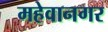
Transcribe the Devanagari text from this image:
महेवानगर